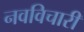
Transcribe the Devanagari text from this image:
नवविचारी